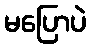
မပြောပဲ